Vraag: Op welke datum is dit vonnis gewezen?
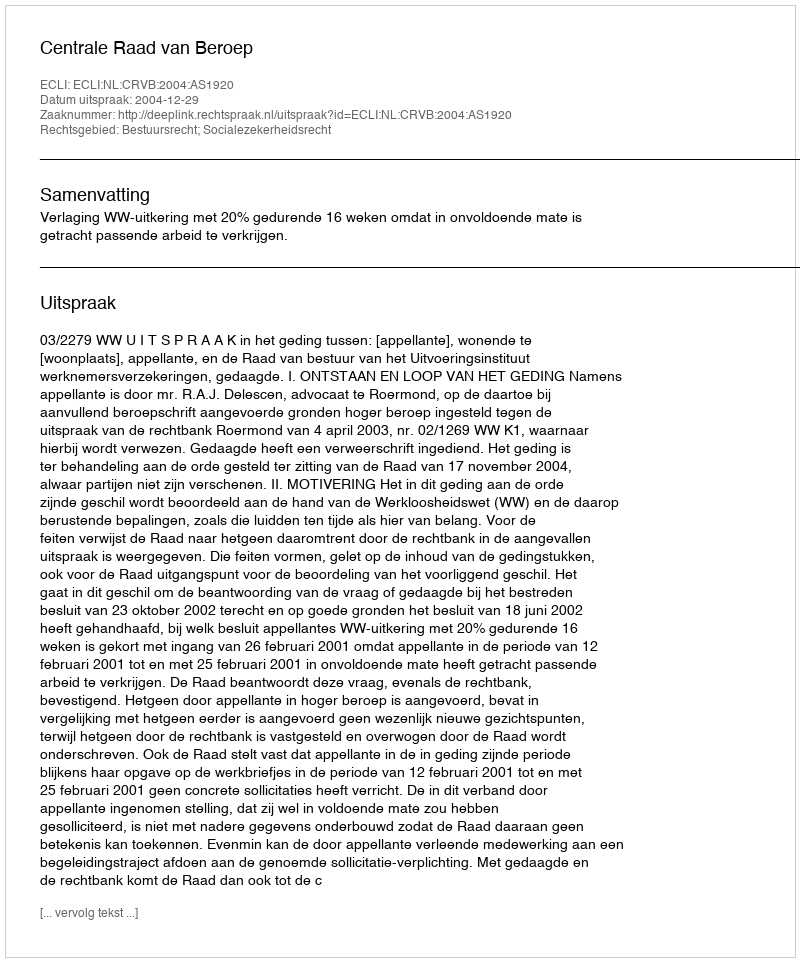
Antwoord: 2004-12-29